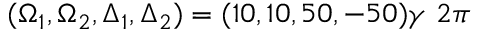
( \Omega _ { 1 } , \Omega _ { 2 } , \Delta _ { 1 } , \Delta _ { 2 } ) = ( 1 0 , 1 0 , 5 0 , - 5 0 ) \gamma ~ 2 \pi